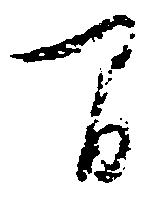
間